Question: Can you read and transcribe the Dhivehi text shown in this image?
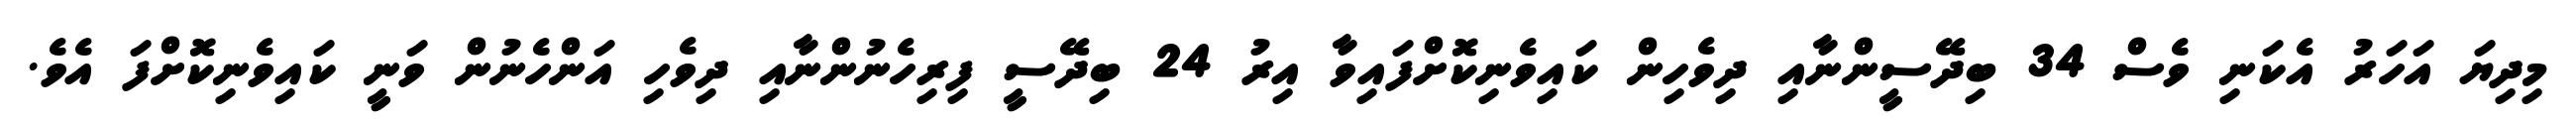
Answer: މިދިޔަ އަހަރު އެކަނި ވެސް 34 ބިދޭސީންނާއި ދިވެހިން ކައިވެނިކޮށްފައިވާ އިރު 24 ބިދޭސީ ފިރިހެނުންނާއި ދިވެހި އަންހެނުން ވަނީ ކައިވެނިކޮށްފަ އެވެ.